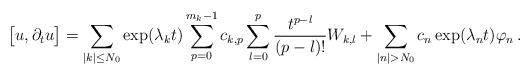
LaTeX: \begin{align*}\big[u,\partial_t u\big]= \sum_{|k|\leq N_0}\exp(\lambda_k t)\sum_{p=0}^{m_k-1} c_{k,p} \sum_{l=0}^p\frac{t^{p-l}}{(p-l)!} W_{k,l}+\sum_{|n|> N_0}c_{n}\exp(\lambda_n t)\varphi_{n}\,.\end{align*}